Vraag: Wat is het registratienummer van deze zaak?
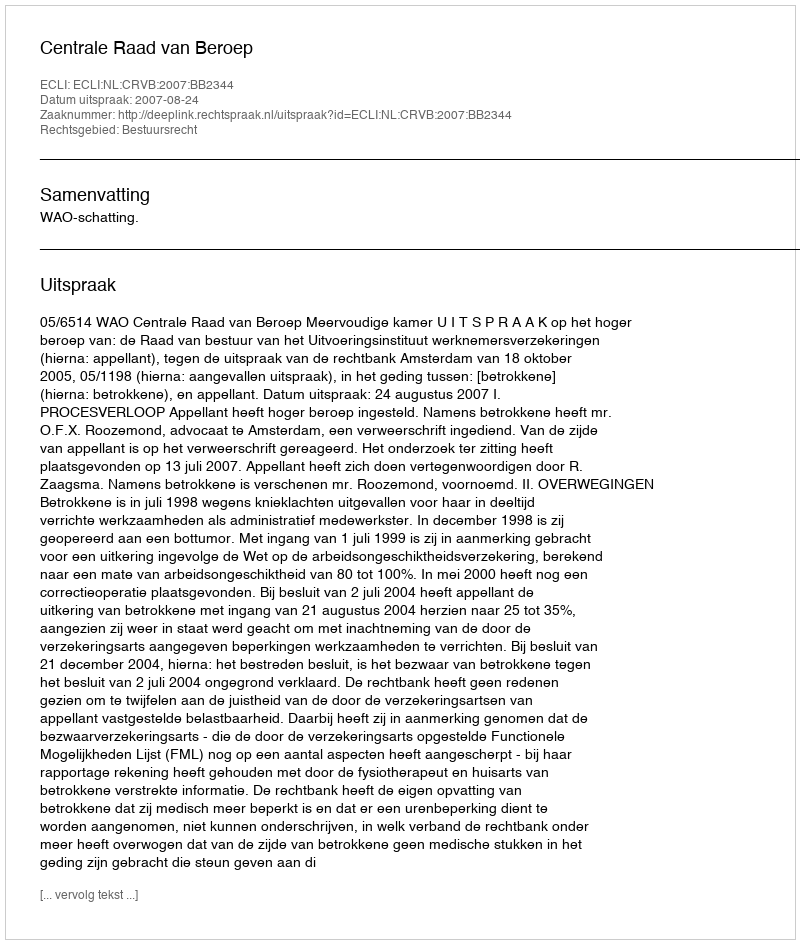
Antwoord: http://deeplink.rechtspraak.nl/uitspraak?id=ECLI:NL:CRVB:2007:BB2344